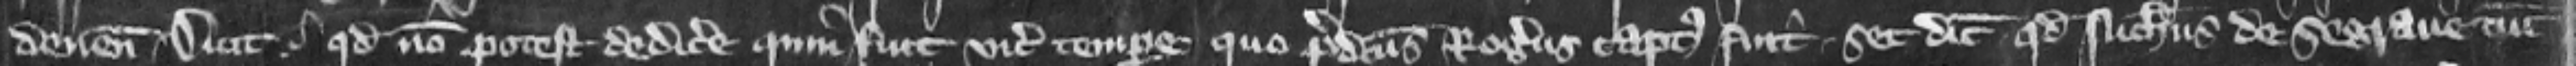
deuenit dicit . quod non potest dedicere quin fuit vicecomes tempore quo predictus Rogerus captus fuit. set dicit quod Nicholaus de Segraue tunc